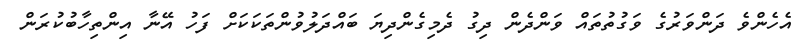
އެހެންވެ ދަންވަރުގެ ވަގުތުތައް ވަންދެން ދިގު ދެމިގެންދިޔަ ބައްދަލުވުންތަކަކަށް ފަހު އޭނާ އިންތިހާބުކުރަން